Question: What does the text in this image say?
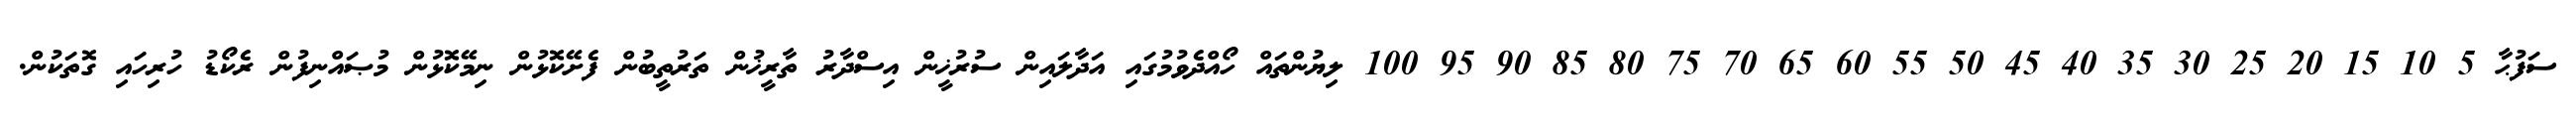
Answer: ސަފުޙާ 5 10 15 20 25 30 35 40 45 50 55 60 65 70 75 80 85 90 95 100 ލިޔުންތައް ހޯއްދެވުމުގައި އަދާލައިން ސުރުޚީން އިސްދާރު ތާރީޚުން ތަރުތީބުން ފެށޭކޮޅުން ނިމޭކޮޅުން މުޞައްނިފުން ރެކޯޑު ހުރިހައި ގޮތަކުން.